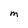
Character: M